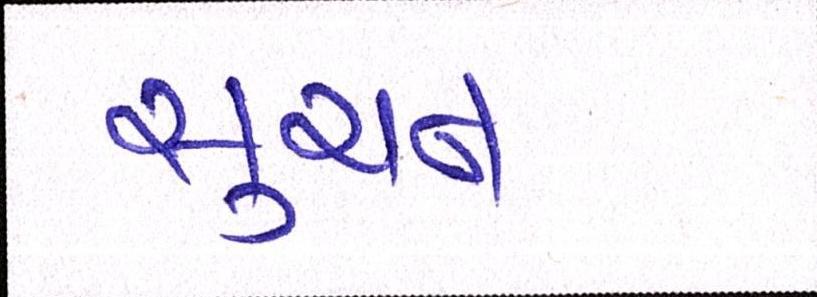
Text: સુચન